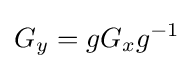
G_{y}=gG_{x}g^{-1}